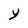
Character: Y